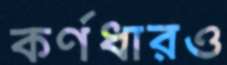
কর্ণধারও